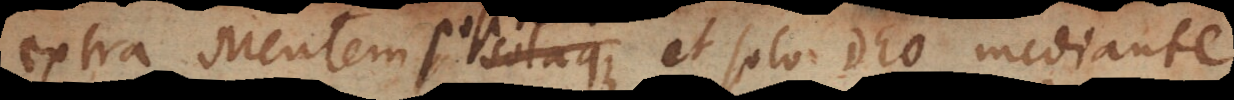
extra Mentem solaque positum et solo Deo mediante